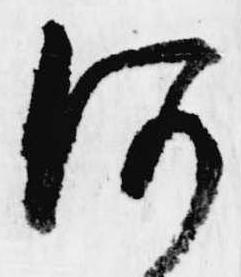
何